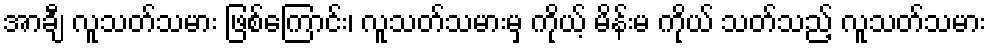
အာချီ လူသတ်သမား ဖြစ်ကြောင်း၊ လူသတ်သမားမှ ကိုယ့် မိန်းမ ကိုယ် သတ်သည့် လူသတ်သမား